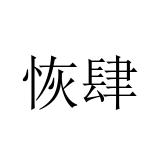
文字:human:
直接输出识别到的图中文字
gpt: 恢肆